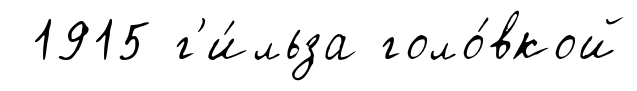
1915 г'и́льза голо́вкой